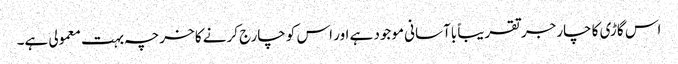
اس گاڑی کا چارجر تقریباً باآسانی موجود ہے اور اس کو چارج کرنے کا خرچہ بہت معمولی ہے۔